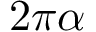
2 \pi \alpha